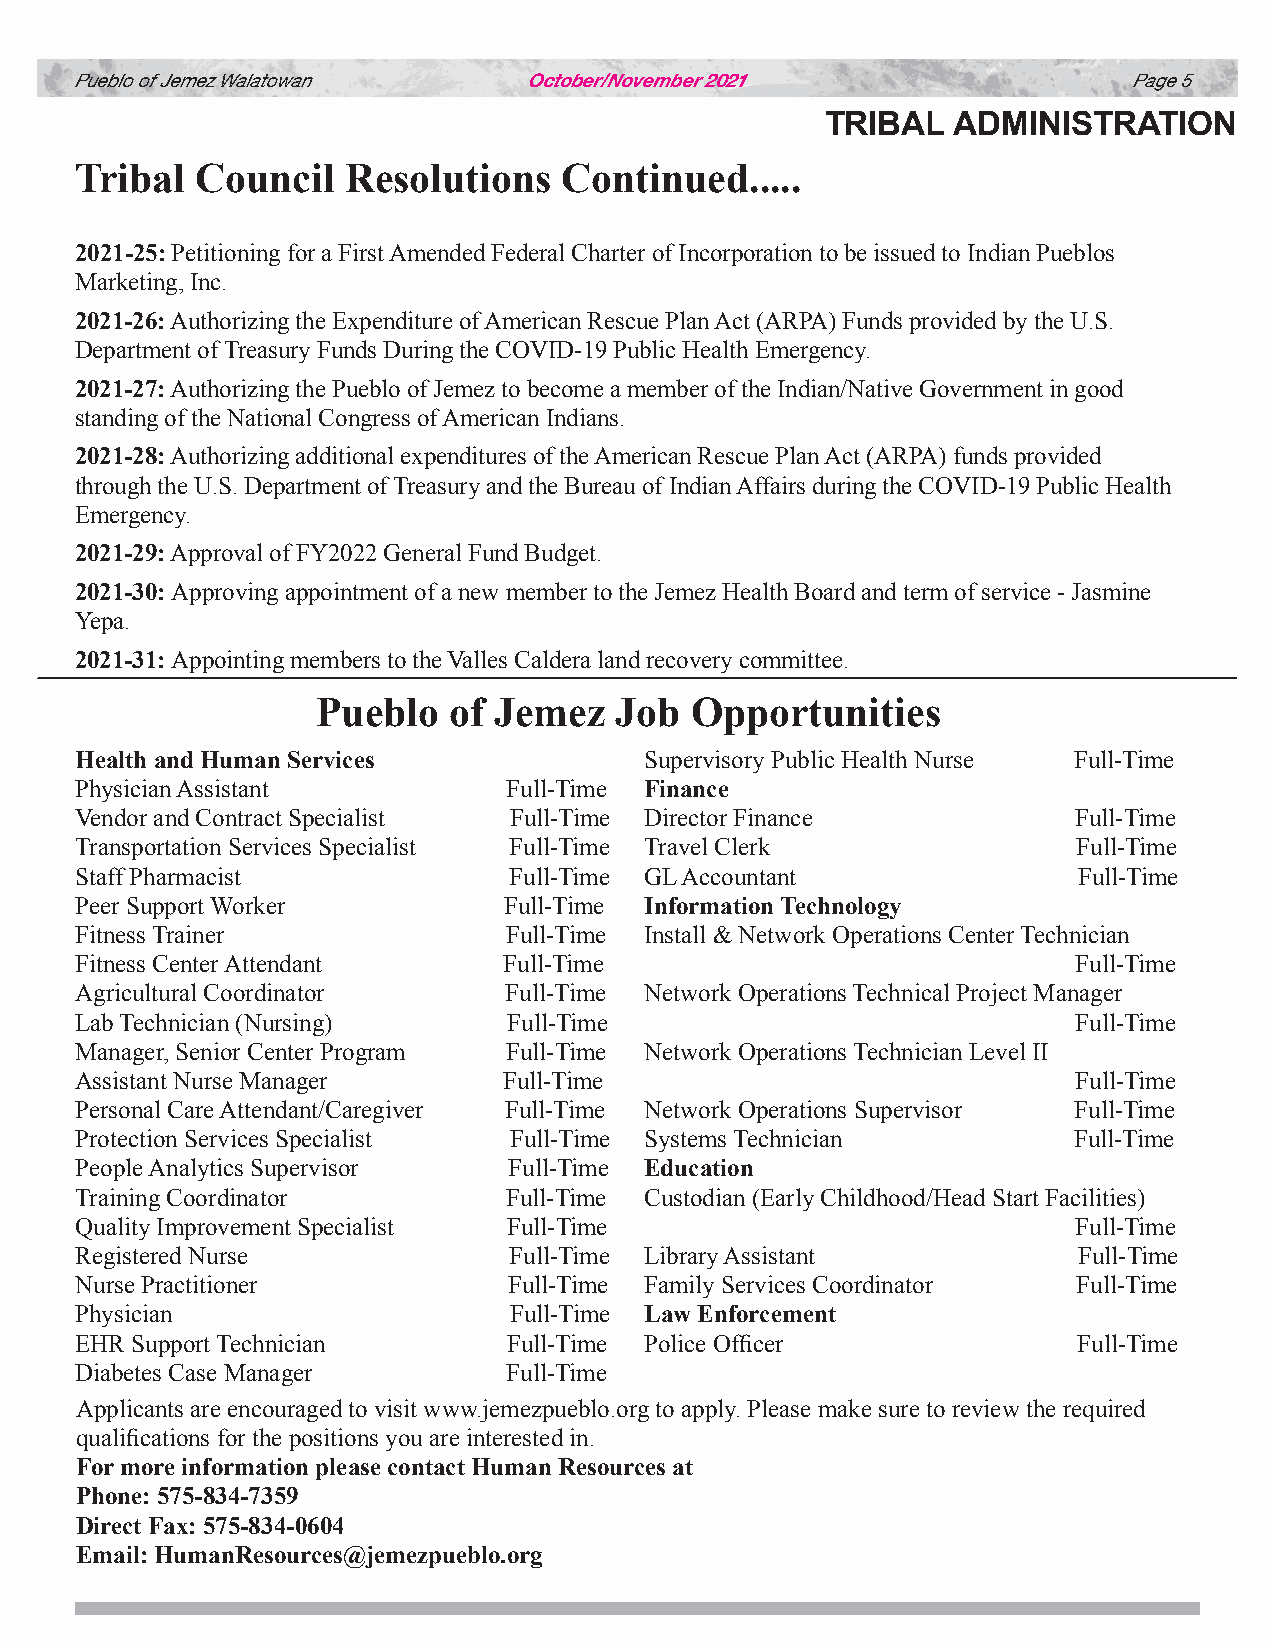
Pueblo of Jemez Walatowan     October/November 2021                   Page 5
 TRIBAL  ADMINISTRATION
 Tribal  Council   Resolutions   Continued.....
 2021-25: Petitioning for a First Amended Federal Charter of Incorporation to be issued to Indian Pueblos
 Marketing, Inc.
 2021-26: Authorizing the Expenditure of American Rescue Plan Act (ARPA) Funds provided by the U.S.
 Department of Treasury Funds During the COVID-19 Public Health Emergency.
 2021-27: Authorizing the Pueblo of Jemez to become a member of the Indian/Native Government in good
 standing of the National Congress of American Indians.
 2021-28: Authorizing additional expenditures of the American Rescue Plan Act (ARPA) funds provided
 through the U.S. Department of Treasury and the Bureau of Indian Affairs during the COVID-19 Public Health
 Emergency.
 2021-29: Approval of FY2022 General Fund Budget.
 2021-30: Approving appointment of a new member to the Jemez Health Board and term of service - Jasmine
 Yepa.
 2021-31: Appointing members to the Valles Caldera land recovery committee.
 Pueblo   of Jemez   Job  Opportunities
 Health and Human Services             Supervisory Public Health Nurse Full-Time
 Physician Assistant          Full-Time Finance
 Vendor and Contract Specialist Full-Time Director Finance         Full-Time
 Transportation Services Specialist Full-Time Travel Clerk         Full-Time
 Staff Pharmacist             Full-Time GL Accountant              Full-Time
 Peer Support Worker         Full-Time Information Technology
 Fitness Trainer             Full-Time Install & Network Operations Center Technician
 Fitness Center Attendant    Full-Time                             Full-Time
 Agricultural Coordinator    Full-Time Network Operations Technical Project Manager
 Lab Technician (Nursing)     Full-Time                            Full-Time
 Manager, Senior Center Program Full-Time Network Operations Technician Level II
 Assistant Nurse Manager     Full-Time                             Full-Time
 Personal Care Attendant/Caregiver Full-Time Network Operations Supervisor Full-Time
 Protection Services Specialist Full-Time Systems Technician       Full-Time
 People Analytics Supervisor  Full-Time Education
 Training Coordinator         Full-Time Custodian (Early Childhood/Head Start Facilities)
 Quality Improvement Specialist Full-Time                          Full-Time
 Registered Nurse             Full-Time Library Assistant          Full-Time
 Nurse Practitioner           Full-Time Family Services Coordinator Full-Time
 Physician                    Full-Time Law Enforcement
 EHR Support Technician       Full-Time Police Officer             Full-Time
 Diabetes Case Manager        Full-Time
 Applicants are encouraged to visit www.jemezpueblo.org to apply. Please make sure to review the required
 qualifications for the positions you are interested in.
 For more information please contact Human Resources at
 Phone: 575-834-7359
 Direct Fax: 575-834-0604
 Email: HumanResources@jemezpueblo.org